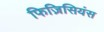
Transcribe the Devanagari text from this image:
फिज़िसियंस